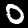
Label: 0